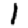
Digit: 1